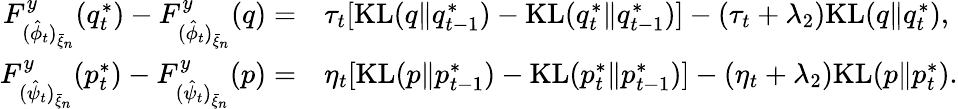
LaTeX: \begin{array}{rl}{F_{(\hat{\phi}_{t})_{\bar{\xi}_{n}}}^{y}(q_{t}^{*})-F_{(\hat{\phi}_{t})_{\bar{\xi}_{n}}}^{y}(q)=}&{\tau_{t}[\mathrm{KL}(q\| q_{t-1}^{*})-\mathrm{KL}(q_{t}^{*}\| q_{t-1}^{*})]-(\tau_{t}+\lambda_{2})\mathrm{KL}(q\| q_{t}^{*}),}\\ {F_{(\hat{\psi}_{t})_{\bar{\xi}_{n}}}^{y}(p_{t}^{*})-F_{(\hat{\psi}_{t})_{\bar{\xi}_{n}}}^{y}(p)=}&{\eta_{t}[\mathrm{KL}(p\| p_{t-1}^{*})-\mathrm{KL}(p_{t}^{*}\| p_{t-1}^{*})]-(\eta_{t}+\lambda_{2})\mathrm{KL}(p\| p_{t}^{*}).}\end{array}